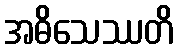
အဓိသေဿတိ